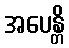
အပေန္တိ